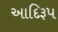
આદિરૂપ